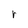
Character: r